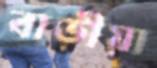
বাড়ীয়া